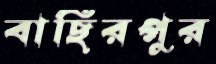
বাছিরপুর